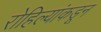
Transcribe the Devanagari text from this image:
रोहिल्यांकडून